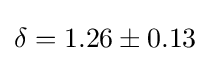
\delta =1.26\pm 0.13